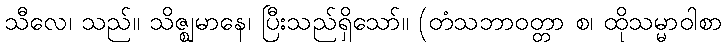
သီလေ၊ သည်။ သိဇ္ဈမာနေ၊ ပြီးသည်ရှိသော်။ (တံသဘာဝတ္တာ စ၊ ထိုသမ္မာဝါစာ